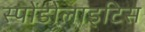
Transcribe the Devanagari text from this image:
स्पोंडोलाइटिस